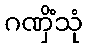
ဂဏှိံသုံ